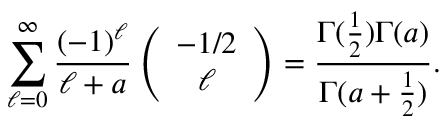
\sum _ { \ell = 0 } ^ { \infty } { \frac { ( - 1 ) ^ { \ell } } { \ell + a } } \left( \begin{array} { c } { { - 1 / 2 } } \\ { { \ell } } \end{array} \right) = { \frac { \Gamma ( { \frac { 1 } { 2 } } ) \Gamma ( a ) } { \Gamma ( a + { \frac { 1 } { 2 } } ) } } .